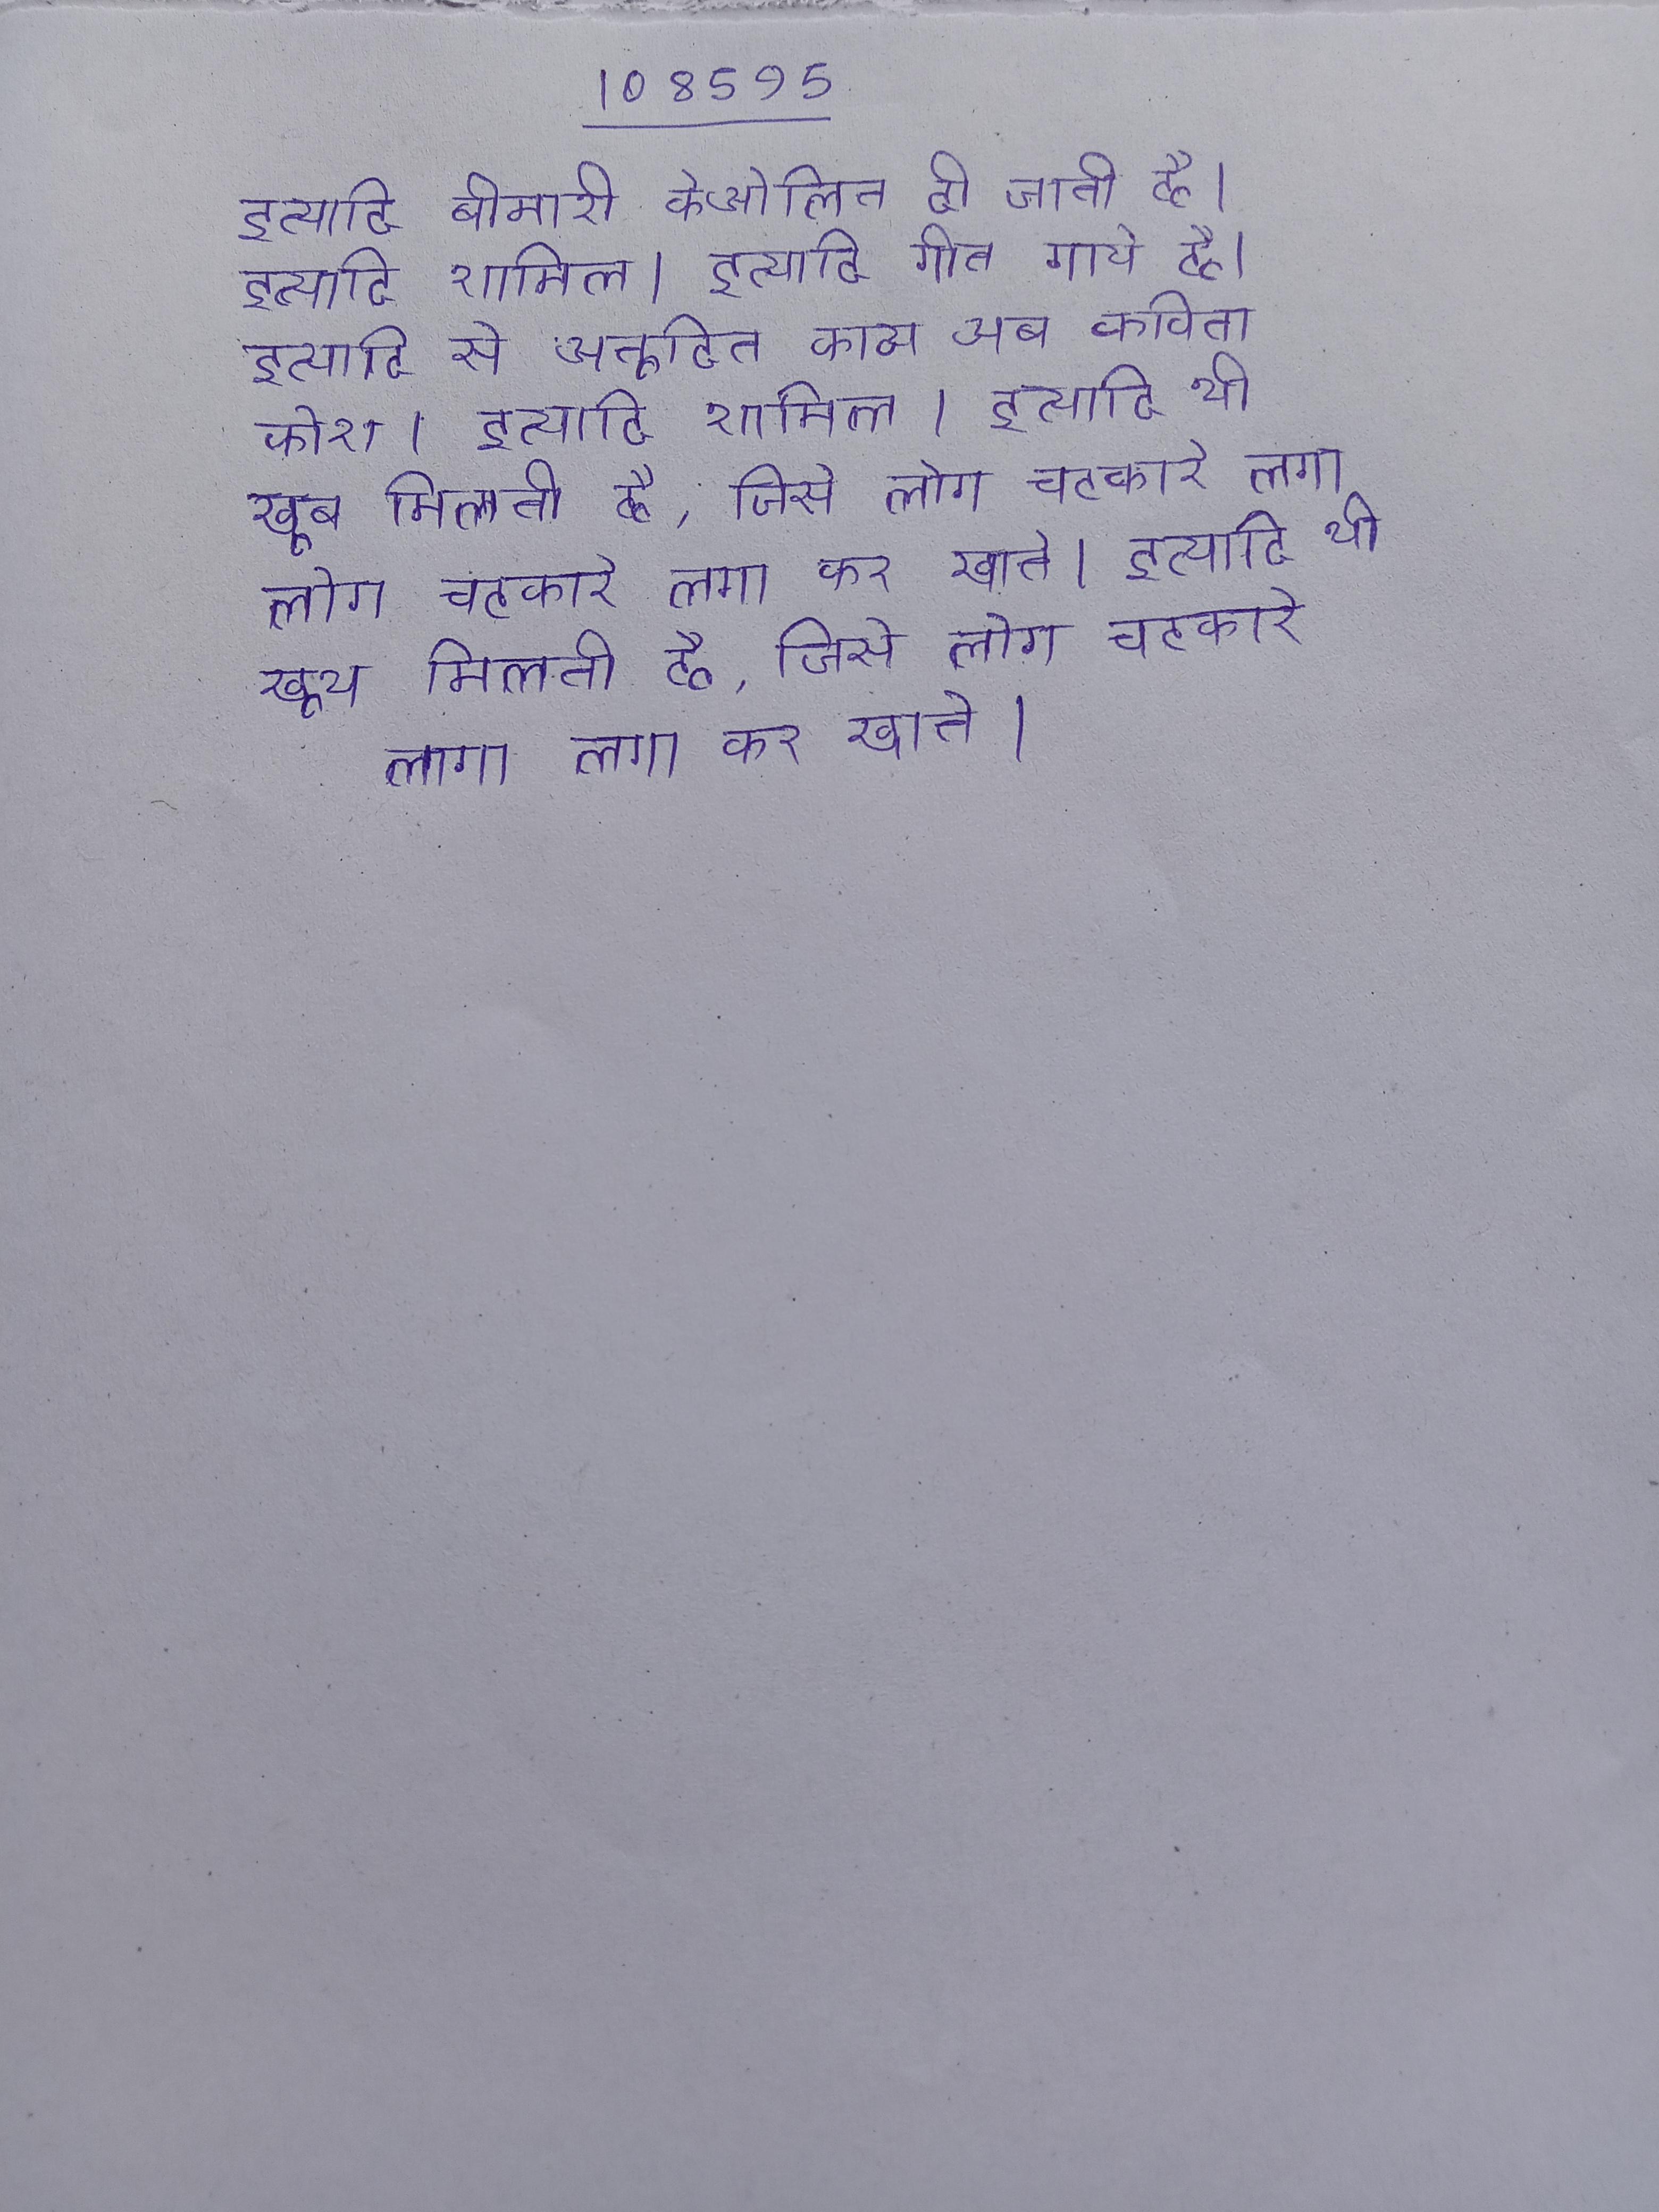
इत्यादि बीमारी केओलिन दी जाती है । इत्यादि शामिल । इत्यादि गीत गाये है । इत्यादि से अनूदित काव्य अब कविता कोश । इत्यादि शामिल । इत्यादि भी खूब मिलती है, जिसे लोग चटकारे लगा लगा कर खाते । इत्यादि भी खूभ मिलती है, जिसे लोग चटकारे लगा लगा कर खाते ।